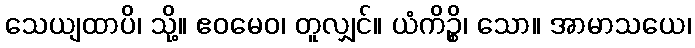
သေယျထာပိ၊ သို့။ ဧဝမေဝ၊ တူလျှင်။ ယံကိဉ္စိ၊ သော။ အာမာသယေ၊